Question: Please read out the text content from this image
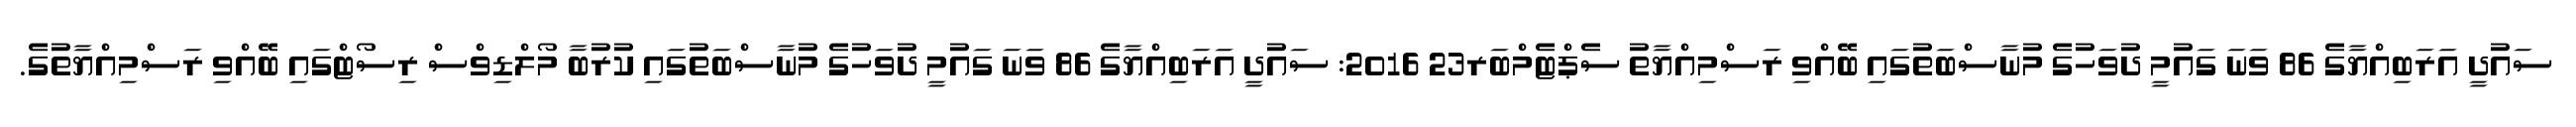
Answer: ސައުދީ އަރަބިއްޔާގެ 86 ވަނަ ގައުމީ ދުވަހުގެ މުނާސްބަތުގައި ބޭއްވި ރަސްމިއްޔާތު ސެޕްޓެމްބަރ23 2016: ސައުދީ އަރަބިއްޔާގެ 86 ވަނަ ގައުމީ ދުވަހުގެ މުނާސްބަތުގައި ކުރުބާ މޯލްޑިވްސް ރިސޯޓްގައި ބޭއްވި ރަސްމިއްޔާތުގެ.